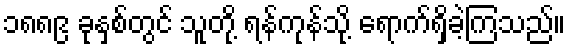
၁၈၈၉ ခုနှစ်တွင် သူတို့ ရန်ကုန်သို့ ရောက်ရှိခဲ့ကြသည်။